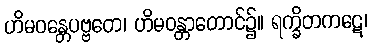
ဟိမဝန္တေပဗ္ဗတေ၊ ဟိမဝန္တာတောင်၌။ ရက္ခိတကဋေ၊